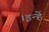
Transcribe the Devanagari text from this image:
।इन्हें